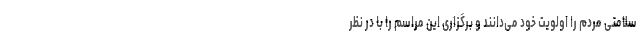
سلامتی مردم را اولویت خود می‌دانند و برگزاری این مراسم را با در نظر